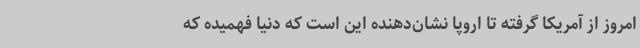
امروز از آمریکا گرفته تا اروپا نشان‌دهنده این است که دنیا فهمیده که